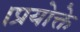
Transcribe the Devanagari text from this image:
।प्रयोक्ते